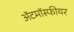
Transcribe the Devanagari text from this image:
ॲटमॉस्फीयर